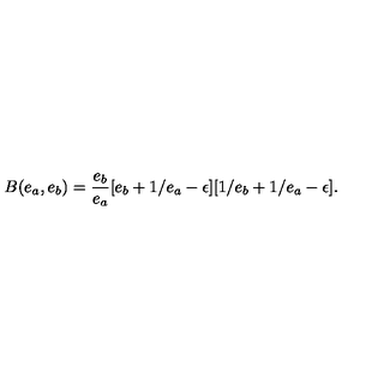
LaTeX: B ( e _ { a } , e _ { b } ) = \frac { e _ { b } } { e _ { a } } [ e _ { b } + 1 / e _ { a } - \epsilon ] [ 1 / e _ { b } + 1 / e _ { a } - \epsilon ] .